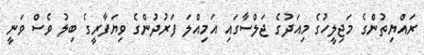
ރައްޔިތުންގެ މަޖިލީހުގެ މިއަދުގެ ޖަލްސާގައި އަމިއްލަ ފަރުދުންގެ ވިޔަފާރީގެ ބިލު ވެސް ވަނީ